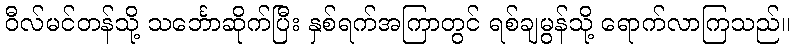
ဝီလ်မင်တန်သို့ သင်္ဘောဆိုက်ပြီး နှစ်ရက်အကြာတွင် ရစ်ချမွန်သို့ ရောက်လာကြသည်။